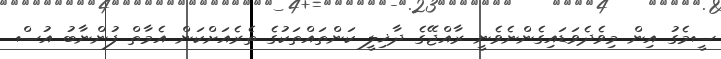
ސީމެގު އިން މިވެދެވަޑައިގެންނެވެނީ ރާއްޖޭގެ ދާޚިލީ ކަންތައްތަކުގެ ތެރެއަށްކަން އެމާތް ފުންނާބު އުސް